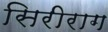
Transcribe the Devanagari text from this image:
सिरीराग